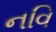
નવિ